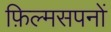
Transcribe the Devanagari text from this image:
फ़िल्मसपनों